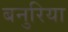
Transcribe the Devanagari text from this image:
बनुरिया